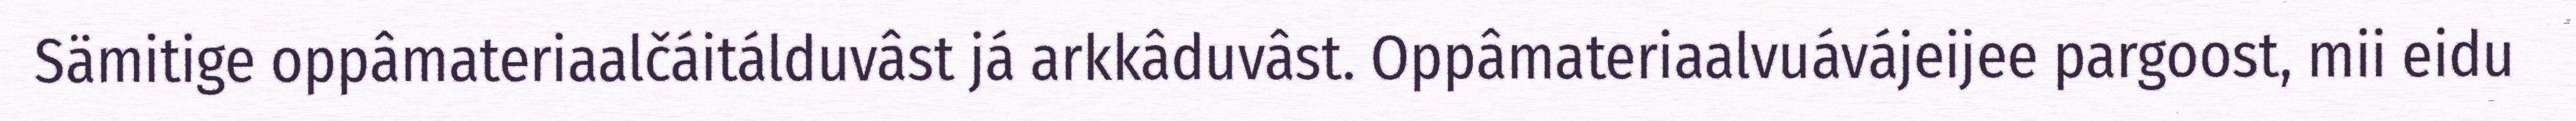
Sämitige oppâmateriaalčáitálduvâst já arkkâduvâst. Oppâmateriaalvuávájeijee pargoost, mii eidu